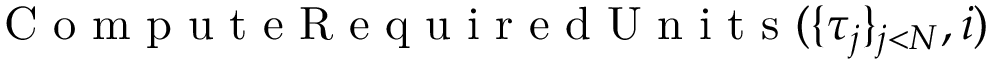
\mathrm { ~ C ~ o ~ m ~ p ~ u ~ t ~ e ~ R ~ e ~ q ~ u ~ i ~ r ~ e ~ d ~ U ~ n ~ i ~ t ~ s ~ } { ( } \{ \tau _ { j } \} _ { j < N } , i { ) }